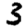
Digit: 3